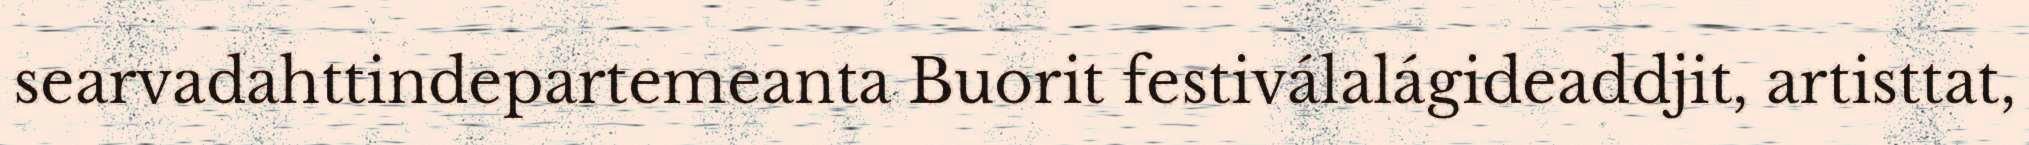
searvadahttindepartemeanta Buorit festiválalágideaddjit, artisttat,